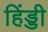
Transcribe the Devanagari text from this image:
हिंड्डी